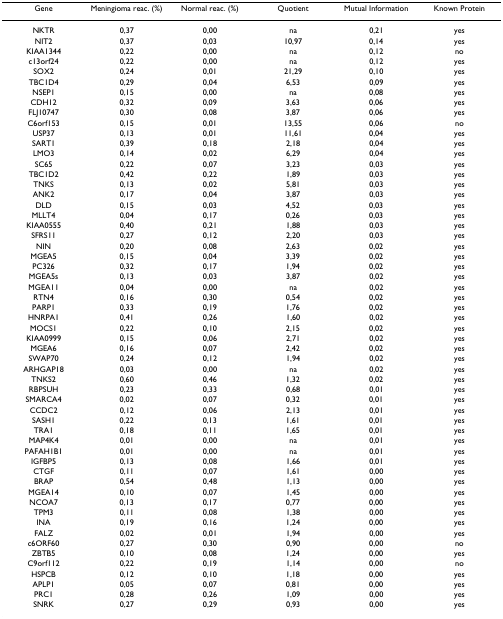
<table><thead><tr><td><b>Gene</b></td><td><b>Meningioma reac. (%)</b></td><td><b>Normal reac. (%)</b></td><td><b>Quotient</b></td><td><b>Mutual Information</b></td><td><b>Known Protein</b></td></tr></thead><tbody><tr><td>NKTR</td><td>0,37</td><td>0,00</td><td>na</td><td>0,21</td><td>yes</td></tr><tr><td>NIT2</td><td>0,37</td><td>0,03</td><td>10,97</td><td>0,14</td><td>yes</td></tr><tr><td>KIAA1344</td><td>0,22</td><td>0,00</td><td>na</td><td>0,12</td><td>no</td></tr><tr><td>c13orf24</td><td>0,22</td><td>0,00</td><td>na</td><td>0,12</td><td>yes</td></tr><tr><td>SOX2</td><td>0,24</td><td>0,01</td><td>21,29</td><td>0,10</td><td>yes</td></tr><tr><td>TBC1D4</td><td>0,29</td><td>0,04</td><td>6,53</td><td>0,09</td><td>yes</td></tr><tr><td>NSEP1</td><td>0,15</td><td>0,00</td><td>na</td><td>0,08</td><td>yes</td></tr><tr><td>CDH12</td><td>0,32</td><td>0,09</td><td>3,63</td><td>0,06</td><td>yes</td></tr><tr><td>FLJ10747</td><td>0,30</td><td>0,08</td><td>3,87</td><td>0,06</td><td>yes</td></tr><tr><td>C6orf153</td><td>0,15</td><td>0,01</td><td>13,55</td><td>0,06</td><td>no</td></tr><tr><td>USP37</td><td>0,13</td><td>0,01</td><td>11,61</td><td>0,04</td><td>yes</td></tr><tr><td>SART1</td><td>0,39</td><td>0,18</td><td>2,18</td><td>0,04</td><td>yes</td></tr><tr><td>LMO3</td><td>0,14</td><td>0,02</td><td>6,29</td><td>0,04</td><td>yes</td></tr><tr><td>SC65</td><td>0,22</td><td>0,07</td><td>3,23</td><td>0,03</td><td>yes</td></tr><tr><td>TBC1D2</td><td>0,42</td><td>0,22</td><td>1,89</td><td>0,03</td><td>yes</td></tr><tr><td>TNKS</td><td>0,13</td><td>0,02</td><td>5,81</td><td>0,03</td><td>yes</td></tr><tr><td>ANK2</td><td>0,17</td><td>0,04</td><td>3,87</td><td>0,03</td><td>yes</td></tr><tr><td>DLD</td><td>0,15</td><td>0,03</td><td>4,52</td><td>0,03</td><td>yes</td></tr><tr><td>MLLT4</td><td>0,04</td><td>0,17</td><td>0,26</td><td>0,03</td><td>yes</td></tr><tr><td>KIAA0555</td><td>0,40</td><td>0,21</td><td>1,88</td><td>0,03</td><td>yes</td></tr><tr><td>SFRS11</td><td>0,27</td><td>0,12</td><td>2,20</td><td>0,03</td><td>yes</td></tr><tr><td>NIN</td><td>0,20</td><td>0,08</td><td>2,63</td><td>0,02</td><td>yes</td></tr><tr><td>MGEA5</td><td>0,15</td><td>0,04</td><td>3,39</td><td>0,02</td><td>yes</td></tr><tr><td>PC326</td><td>0,32</td><td>0,17</td><td>1,94</td><td>0,02</td><td>yes</td></tr><tr><td>MGEA5s</td><td>0,13</td><td>0,03</td><td>3,87</td><td>0,02</td><td>yes</td></tr><tr><td>MGEA11</td><td>0,04</td><td>0,00</td><td>na</td><td>0,02</td><td>yes</td></tr><tr><td>RTN4</td><td>0,16</td><td>0,30</td><td>0,54</td><td>0,02</td><td>yes</td></tr><tr><td>PARP1</td><td>0,33</td><td>0,19</td><td>1,76</td><td>0,02</td><td>yes</td></tr><tr><td>HNRPA1</td><td>0,41</td><td>0,26</td><td>1,60</td><td>0,02</td><td>yes</td></tr><tr><td>MOCS1</td><td>0,22</td><td>0,10</td><td>2,15</td><td>0,02</td><td>yes</td></tr><tr><td>KIAA0999</td><td>0,15</td><td>0,06</td><td>2,71</td><td>0,02</td><td>yes</td></tr><tr><td>MGEA6</td><td>0,16</td><td>0,07</td><td>2,42</td><td>0,02</td><td>yes</td></tr><tr><td>SWAP70</td><td>0,24</td><td>0,12</td><td>1,94</td><td>0,02</td><td>yes</td></tr><tr><td>ARHGAP18</td><td>0,03</td><td>0,00</td><td>na</td><td>0,02</td><td>yes</td></tr><tr><td>TNKS2</td><td>0,60</td><td>0,46</td><td>1,32</td><td>0,02</td><td>yes</td></tr><tr><td>RBPSUH</td><td>0,23</td><td>0,33</td><td>0,68</td><td>0,01</td><td>yes</td></tr><tr><td>SMARCA4</td><td>0,02</td><td>0,07</td><td>0,32</td><td>0,01</td><td>yes</td></tr><tr><td>CCDC2</td><td>0,12</td><td>0,06</td><td>2,13</td><td>0,01</td><td>yes</td></tr><tr><td>SASH1</td><td>0,22</td><td>0,13</td><td>1,61</td><td>0,01</td><td>yes</td></tr><tr><td>TRA1</td><td>0,18</td><td>0,11</td><td>1,65</td><td>0,01</td><td>yes</td></tr><tr><td>MAP4K4</td><td>0,01</td><td>0,00</td><td>na</td><td>0,01</td><td>yes</td></tr><tr><td>PAFAH1B1</td><td>0,01</td><td>0,00</td><td>na</td><td>0,01</td><td>yes</td></tr><tr><td>IGFBP5</td><td>0,13</td><td>0,08</td><td>1,66</td><td>0,01</td><td>yes</td></tr><tr><td>CTGF</td><td>0,11</td><td>0,07</td><td>1,61</td><td>0,00</td><td>yes</td></tr><tr><td>BRAP</td><td>0,54</td><td>0,48</td><td>1,13</td><td>0,00</td><td>yes</td></tr><tr><td>MGEA14</td><td>0,10</td><td>0,07</td><td>1,45</td><td>0,00</td><td>yes</td></tr><tr><td>NCOA7</td><td>0,13</td><td>0,17</td><td>0,77</td><td>0,00</td><td>yes</td></tr><tr><td>TPM3</td><td>0,11</td><td>0,08</td><td>1,38</td><td>0,00</td><td>yes</td></tr><tr><td>INA</td><td>0,19</td><td>0,16</td><td>1,24</td><td>0,00</td><td>yes</td></tr><tr><td>FALZ</td><td>0,02</td><td>0,01</td><td>1,94</td><td>0,00</td><td>yes</td></tr><tr><td>c6ORF60</td><td>0,27</td><td>0,30</td><td>0,90</td><td>0,00</td><td>no</td></tr><tr><td>ZBTB5</td><td>0,10</td><td>0,08</td><td>1,24</td><td>0,00</td><td>yes</td></tr><tr><td>C9orf112</td><td>0,22</td><td>0,19</td><td>1,14</td><td>0,00</td><td>no</td></tr><tr><td>HSPCB</td><td>0,12</td><td>0,10</td><td>1,18</td><td>0,00</td><td>yes</td></tr><tr><td>APLP1</td><td>0,05</td><td>0,07</td><td>0,81</td><td>0,00</td><td>yes</td></tr><tr><td>PRC1</td><td>0,28</td><td>0,26</td><td>1,09</td><td>0,00</td><td>yes</td></tr><tr><td>SNRK</td><td>0,27</td><td>0,29</td><td>0,93</td><td>0,00</td><td>yes</td></tr></tbody></table>